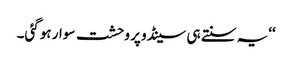
‘‘یہ سنتے ہی سینڈو پر وحشت سوار ہوگئی۔